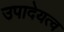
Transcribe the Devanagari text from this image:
उपादेयत्व